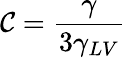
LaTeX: \mathcal{C}={\frac{{\gamma}}{{3\gamma_{LV}}}}